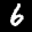
Label: 6